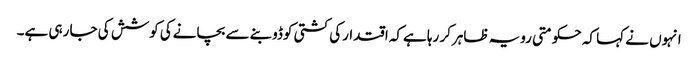
انہوں نے کہا کہ حکومتی رویہ ظاہرکر رہا ہےکہ اقتدارکی کشتی کوڈوبنے سے بچانےکی کوشش کی جا رہی ہے۔